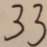
3 3